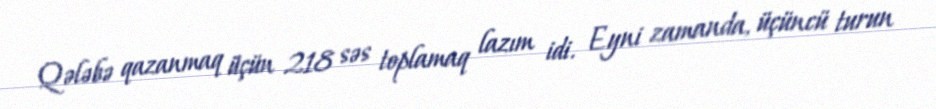
Qələbə qazanmaq üçün 218 səs toplamaq lazım idi. Eyni zamanda, üçüncü turun